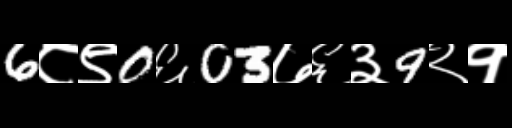
Text: 6८९0६03७६३9२१